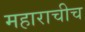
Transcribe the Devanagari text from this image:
महाराचीच